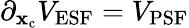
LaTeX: \partial_{\mathbf{x}_{\mathrm{{c}}}}V_{\mathrm{{ESF}}}=V_{\mathrm{{PSF}}}